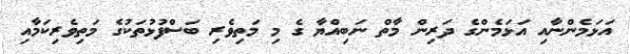
އަޅަމެންނާއި އަޅަމެންގެ ދަރިން މާތް ނަބިއްޔާ ގެ މި މަތިވެރި ބަސްފުޅުތަކުގެ މަތިވެރިކަމާއި